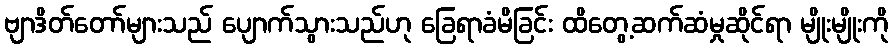
ဗျာဒိတ်တော်များသည် ပျောက်သွားသည်ဟု ခြေရာခံမိခြင်း ထိတွေ့ဆက်ဆံမှုဆိုင်ရာ မျိုးမျိုးကို